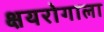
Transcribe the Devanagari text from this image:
क्षयरोगाला